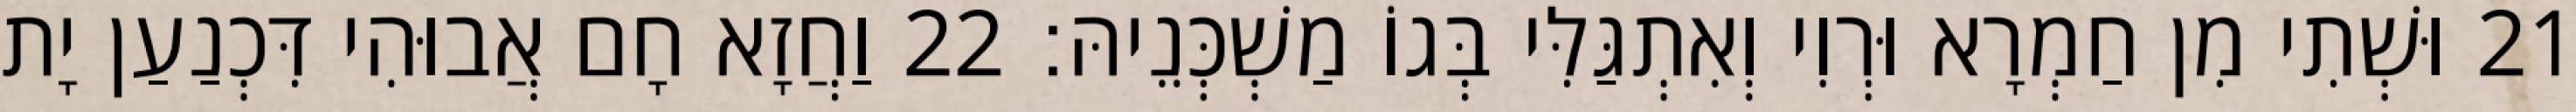
21 וּשְׁתִי מִן חַמְרָא וּרְוִי וְאִתְגַּלִּי בְּגוֹ מַשְׁכְּנֵיהּ׃ 22 וַחֲזָא חָם אֲבוּהִי דִּכְנַעַן יָת